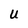
Character: u